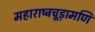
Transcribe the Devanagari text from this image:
महाराष्ट्रचूड़ामणि